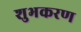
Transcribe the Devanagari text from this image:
शुभकरण